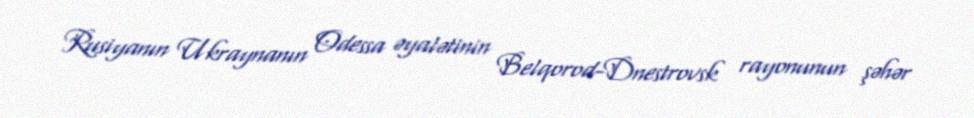
Rusiyanın Ukraynanın Odessa əyalətinin Belqorod-Dnestrovsk rayonunun şəhər